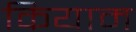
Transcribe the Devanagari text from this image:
कियाम